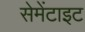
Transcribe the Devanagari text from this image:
सेमेंटाइट